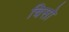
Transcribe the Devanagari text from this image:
चिसो